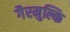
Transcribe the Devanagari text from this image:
गैरमुल्कि